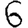
Digit: 6